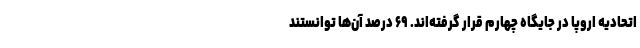
اتحادیه اروپا در جایگاه چهارم قرار گرفته‌اند. ۶۹ درصد آن‌ها توانستند